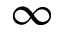
\infty